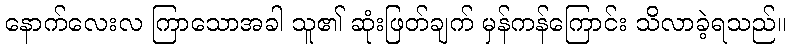
နောက်လေးလ ကြာသောအခါ သူ၏ ဆုံးဖြတ်ချက် မှန်ကန်ကြောင်း သိလာခဲ့ရသည်။